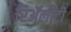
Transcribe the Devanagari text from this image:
रिॲलीटी